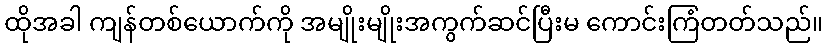
ထိုအခါ ကျန်တစ်ယောက်ကို အမျိုးမျိုးအကွက်ဆင်ပြီးမ ကောင်းကြံတတ်သည်။